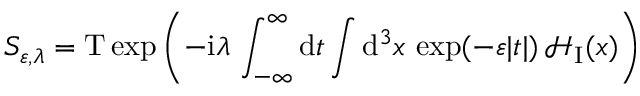
S _ { \varepsilon , \lambda } = { \mathrm T } \exp \left( - { \mathrm i } \lambda \, \int _ { - \infty } ^ { \infty } { \mathrm d } t \int { \mathrm d } ^ { 3 } x \, \exp ( - \varepsilon | t | ) \, { \mathcal H } _ { \mathrm I } ( x ) \right)